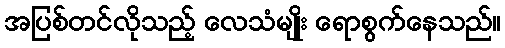
အပြစ်တင်လိုသည့် လေသံမျိုး ရောစွက်နေသည်။